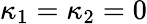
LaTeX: \kappa_{1}=\kappa_{2}=0